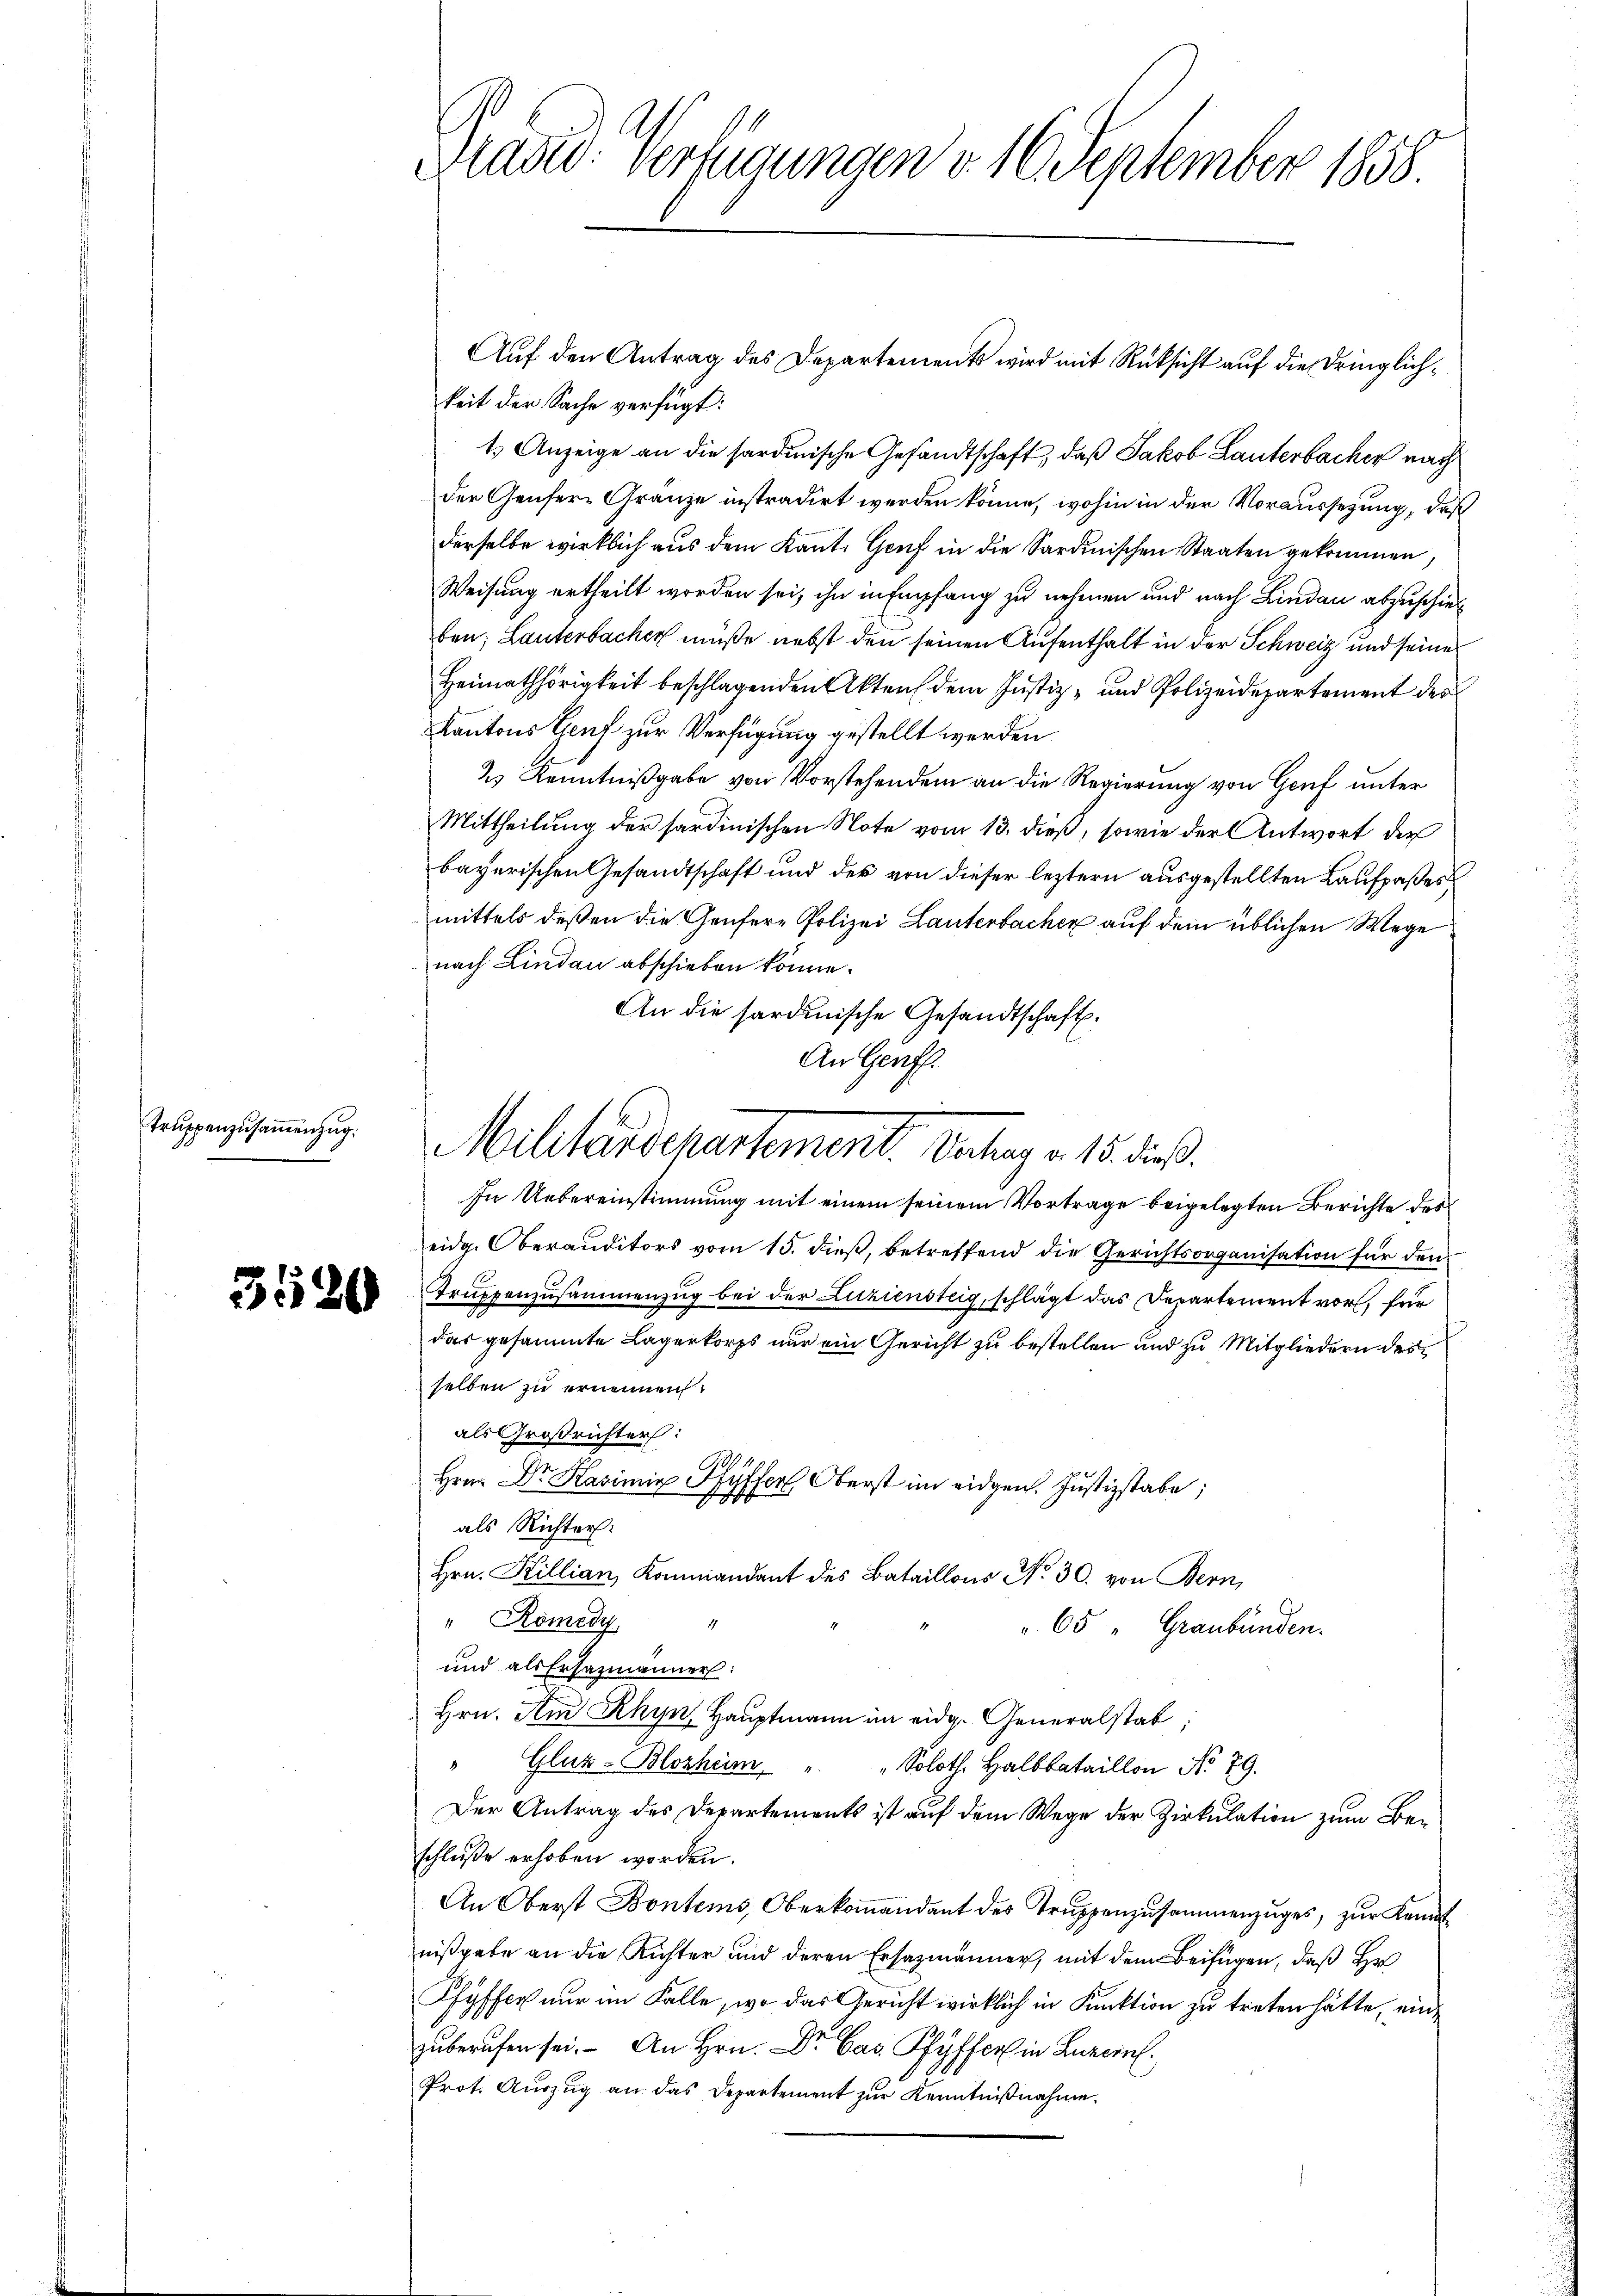
Truppenzusammenzug

Auf den Antrag des Departements wird mit Rücksicht auf die dringlichkeit der Sache verfügt:
1. Anzeige an die sardinische Gesandtschaft, daß Jakob Lauterbacher nach
der Genfer-Gränze instradirt werden könne, wohin in der Voraussetzung, daß
derselbe wirklich aus dem Kant. Genf in die Sardinischen Staaten gekommen
Weisung ertheilt worden sei, ihn in Empfang zu nehmen und nach Lindau abzuschieben; Lauterbacher müße nebst den seinen Aufenthalt in der Schweiz und seines
Heimathörigkeit beschlagenden Akten dem Justiz- und Polizeidepartement des
Kantons Genf zur Verfügung gestellt werden
2) Kenntnißgabe von Vorstehendem an die Regierung von Genf unter
Mittheilung der sardinischen Note vom 13. dieß, sowie der Antwort der
bayerischen Gesandtschaft und der von dieser leztern ausgestellten Laufpaßes
mittels deßen die Genfere Polizei Lauterbacher auf dem üblichen Wege
nach Lindau abschieben könne.
An die sardinische Gesandtschaft.
An Genf.
In Uebereinstimmung mit einem seinem Vortrage beigelegten Berichte des
eidg. Oberauditors vom 15. dieß, betreffend die Gerichtsorganisation für den
 Trŭppenzusammenzug bei der Luziensteig, schlägt das Departement vor, für
das gesammte Lagerkorps nur ein Gericht zu bestellen und zu Mitgliedern des
selben zu ernennen.
als Großrichter:
18
Hrn. Dr. Kasimir Fr
syfferl Oberst im eidgen. Justizstabe;
als Richter:
Hrn. Killian Kommandant des Bataillons No 30. von Bern,
" Römedy
65 " Graubünden.
und als Ersazmänner:
Hrn. Am Rhyn, Hauptmann im eidg. Generalstab;
" Gluz-Blozheim " " Soloth. Halbbataillon No 79.
Der Antrag des Departements ist auf dem Wege der Zirkulation zum Beschluße erhoben worden.
An Oberst Bontems, Oberkoṁandant des Trŭppenzusammenzŭges, zŭr Kennt
nißgabe an die Richter und deren Ersatzmänner, mit dem Beifügen, daß Hr
Pfyffer nur im Falle, wo das Gericht wirklich in Kuktion zu treten hätte, einzuberufen sei. - An Hrn. Dr. Cas. Pfyffer in Luzern.
Prot. Auszug an das Departement zur Kenntnißnahme.

Tradid. Verfügungen v. 16 September 1858.

Militärdepartement. Dechang v. 15. dieß.